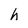
Character: h